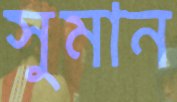
সুমান